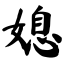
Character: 媳